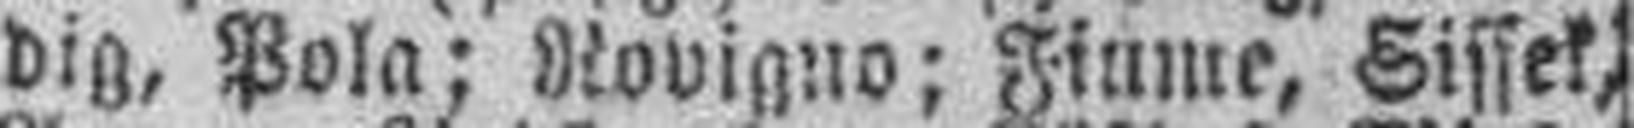
dig, Pola; Rovigno; Fiume, Sissek,